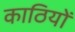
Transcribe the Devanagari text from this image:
काठियों